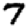
Digit: 7